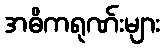
အဓိကရုဏ်းများ